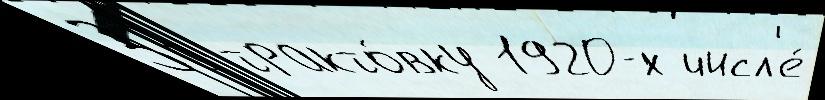
За тракто́вку 1920-х числ'е́